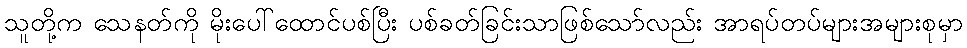
သူတို့က သေနတ်ကို မိုးပေါ်ထောင်ပစ်ပြီး ပစ်ခတ်ခြင်းသာဖြစ်သော်လည်း အာရပ်တပ်များအများစုမှာ